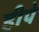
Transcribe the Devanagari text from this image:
हीपे